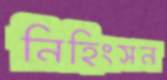
নিহিংসন